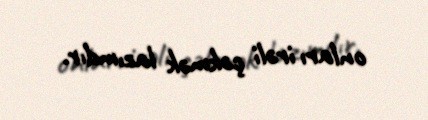
onları irəli çəkmək lazımdır.